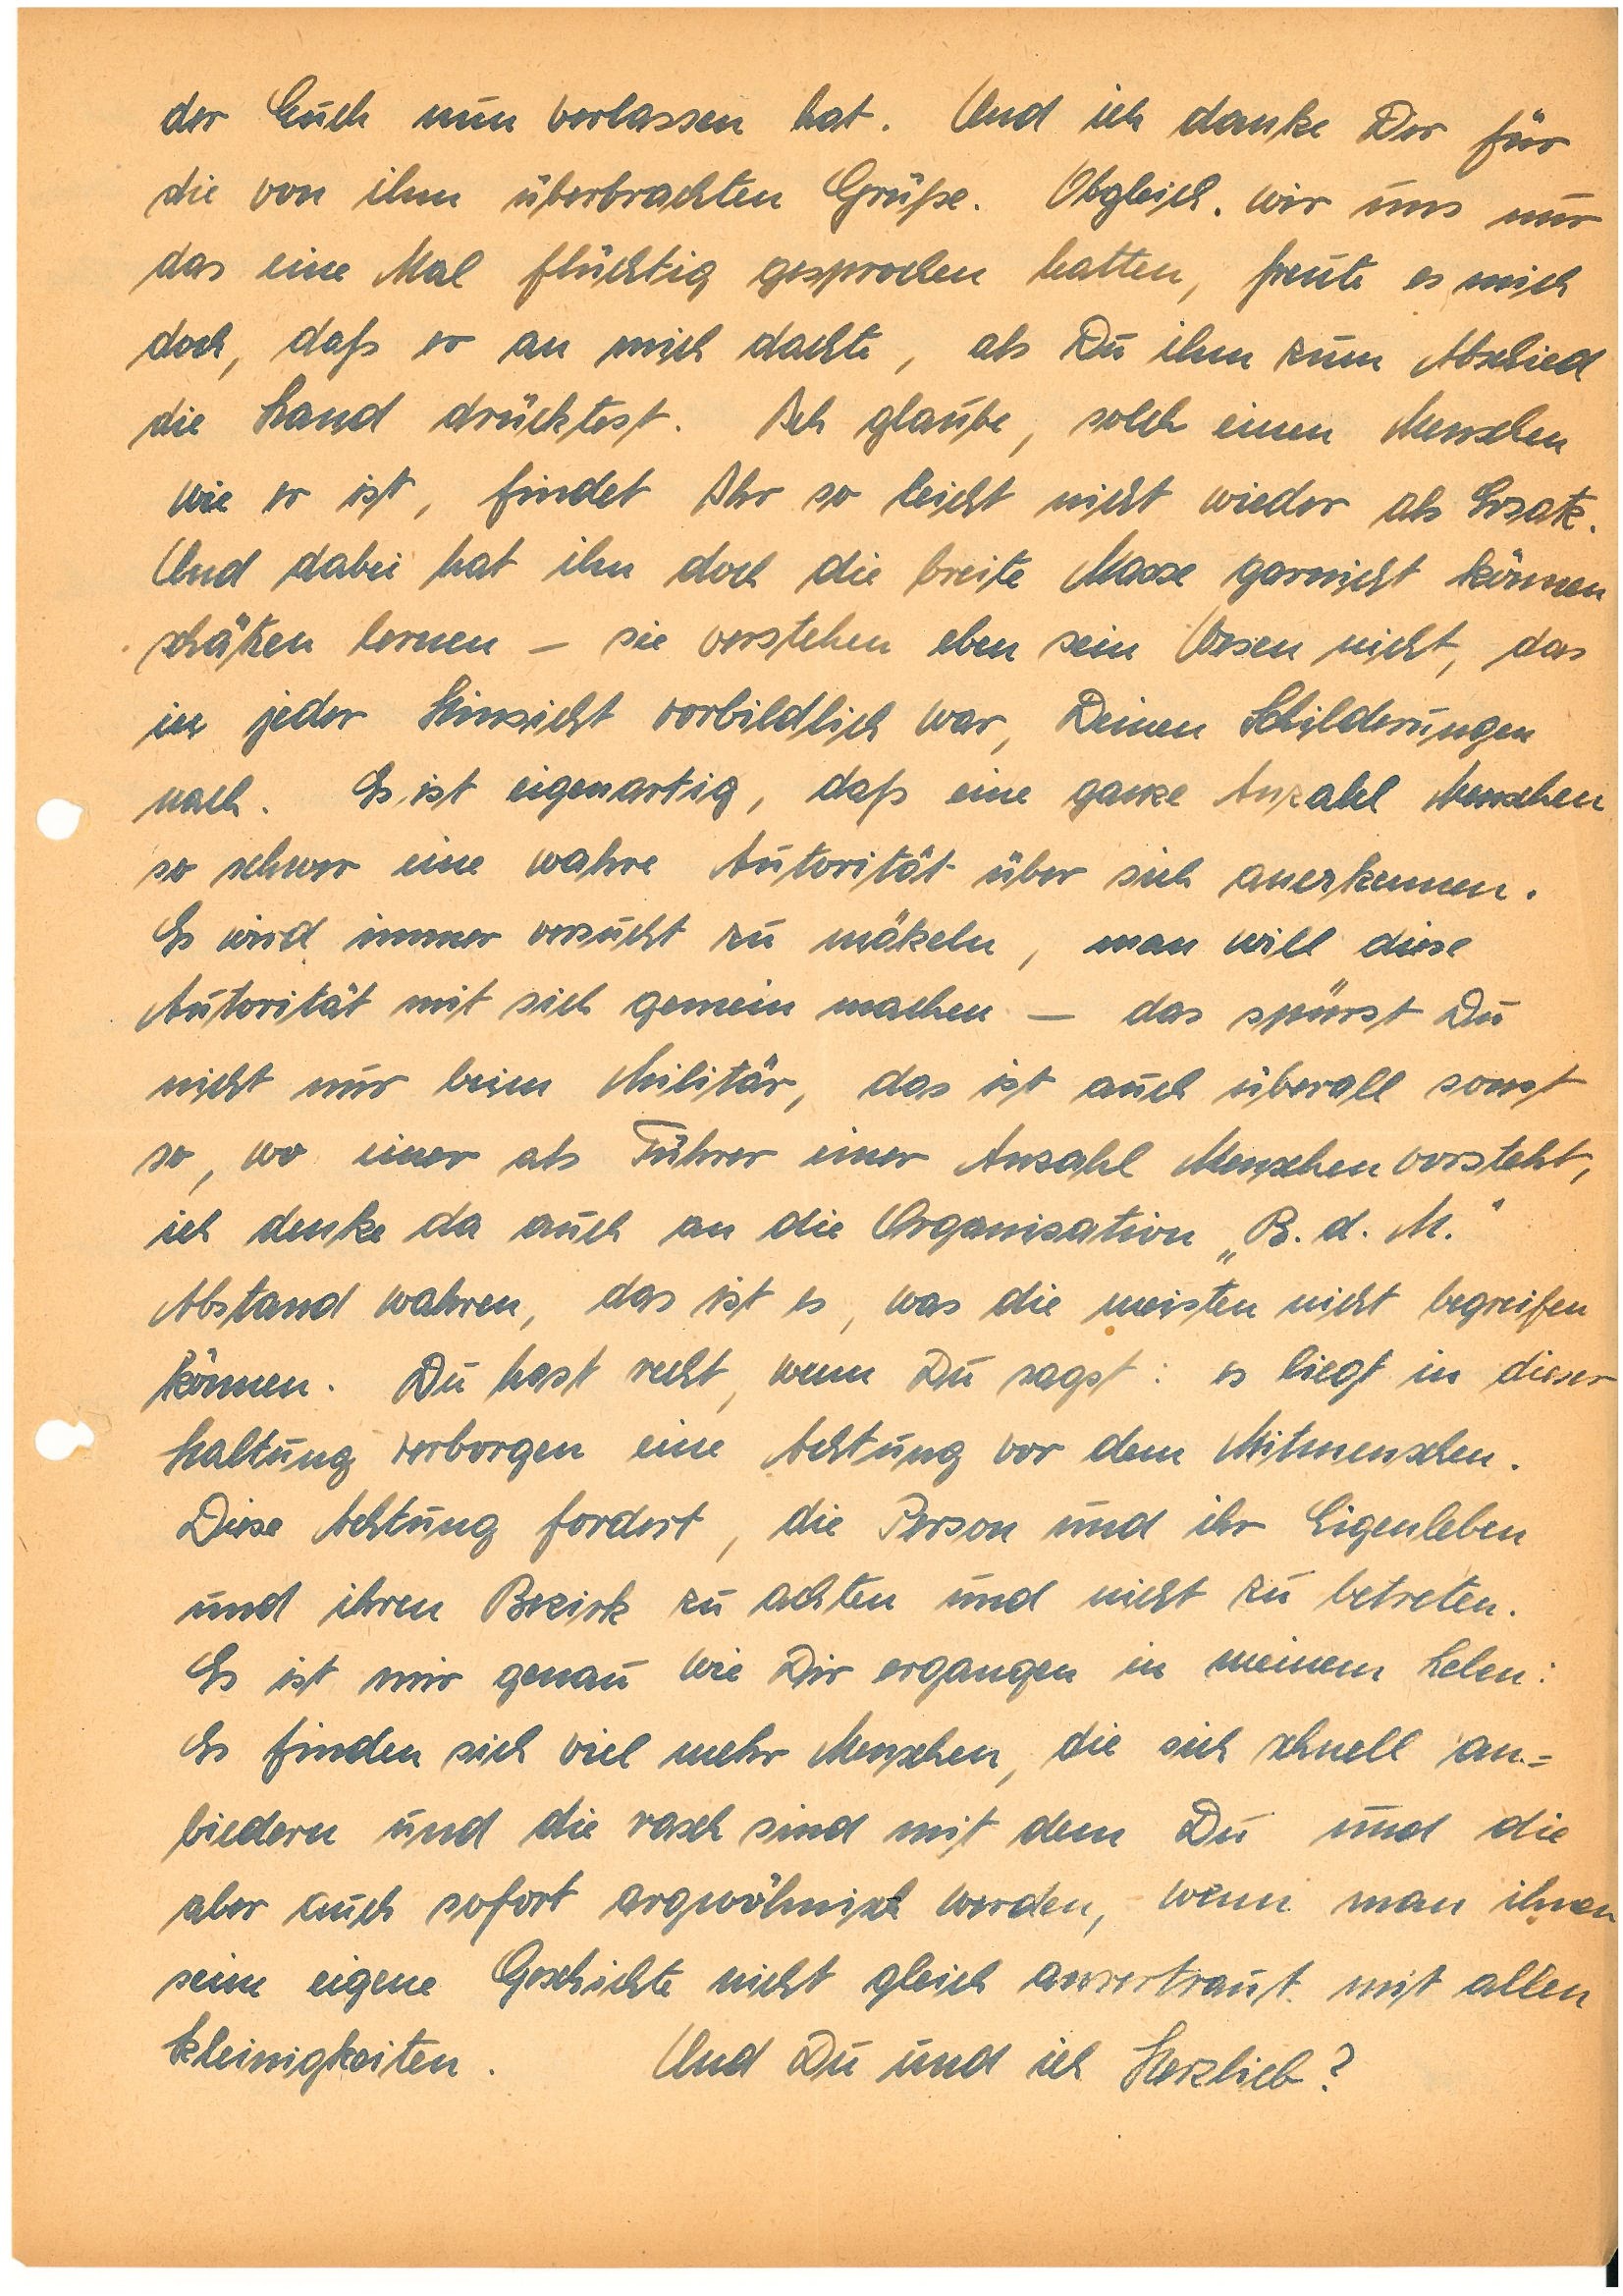
der Euch nun verlassen hat. Und ich danke Dir für
die von ihm überbrachten Grüße. Obgleich wir uns nur
das eine Mal flüchtig gesprochen hatten, freute es mich
doch, daß er an mich dachte, als Du ihm zum Abschied
die Hand drücktest. Ich glaube, solch einen Menschen
wie er ist, findet Ihr so leicht nicht wieder als Ersatz.
Und dabei hat ihn doch die breite Masse garnicht können
schätzen lernen – sie verstehen eben sein Wesen nicht, das
in jeder Hinsicht vorbildlich war, Deinen Schilderungen
nach. Es ist eigenartig, daß eine ganze Anzahl Menschen
so schwer eine wahre Autorität über sich anerkennen.
Es wird immer versucht zu mäkeln, man will diese
Autorität mit sich gemein machen – das spürst Du
nicht nur beim Militär, das ist auch überall sonst
so, wo einer als Führer einer Anzahl Menschen vorsteht,
ich denke da auch an die Organisation „B.d.M.”
Abstand wahren, das ist es, was die meisten nicht begreifen
können. Du hast recht, wenn Du sagst: es liegt in dieser
Haltung verborgen eine Achtung vor den Mitmenschen.
Diese Achtung fordert, die Person und ihr Eigenleben
und ihren Bezirk zu achten und nicht zu betreten.
Es ist mir genau wie Dir ergangen in meinem Leben:
Es finden sich viel mehr Menschen, die sich schnell an¬
biedern und rasch sind mit dem Du und die
aber auch sofort argwöhnisch werden, wenn man ihnen
seine eigene Geschichte nicht gleich anvertraut mit allen
Kleinigkeiten. Und Du und ich Herzlieb?